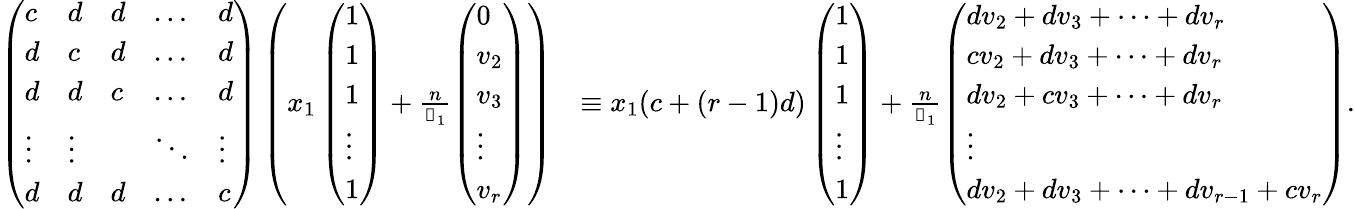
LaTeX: \begin{array}{rl}{\left(\begin{array}{lllll}{c}&{d}&{d}&{\dots}&{d}\\ {d}&{c}&{d}&{\dots}&{d}\\ {d}&{d}&{c}&{\dots}&{d}\\ {\vdots}&{\vdots}&&{\ddots}&{\vdots}\\ {d}&{d}&{d}&{\dots}&{c}\end{array}\right)\left(x_{1}\left(\begin{array}{l}{1}\\ {1}\\ {1}\\ {\vdots}\\ {1}\end{array}\right)+\frac{n}{\mathscr{d}_{1}}\left(\begin{array}{l}{0}\\ {v_{2}}\\ {v_{3}}\\ {\vdots}\\ {v_{r}}\end{array}\right)\right)}&{\equiv x_{1}(c+(r-1)d)\left(\begin{array}{l}{1}\\ {1}\\ {1}\\ {\vdots}\\ {1}\end{array}\right)+\frac{n}{\mathscr{d}_{1}}\left(\begin{array}{l}{dv_{2}+dv_{3}+\dots+dv_{r}}\\ {cv_{2}+dv_{3}+\dots+dv_{r}}\\ {dv_{2}+cv_{3}+\dots+dv_{r}}\\ {\vdots}\\ {dv_{2}+dv_{3}+\dots+dv_{r-1}+cv_{r}}\end{array}\right).}\end{array}